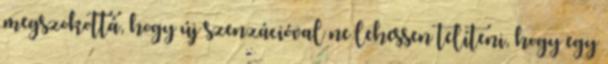
megszokottá, hogy új szenzációval ne lehessen telíteni, hogy egy